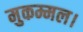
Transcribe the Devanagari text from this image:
मुकम्मल।